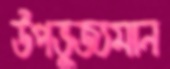
উপভুজ্যমান